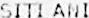
SITI ANI